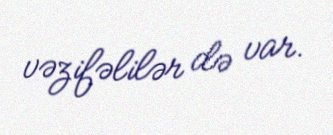
vəzifəlilər də var.